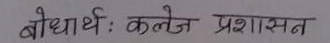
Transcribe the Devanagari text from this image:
बोधार्थः कॉलेज प्रशासन